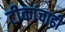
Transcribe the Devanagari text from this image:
टीकांचाही